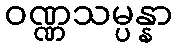
ဝဏ္ဏသမ္ပန္နာ